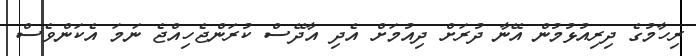
ރިހާމުގެ ދިރިއުޅުމުން އޭނާ ދުރަށް ދިއުމަށް އެދި އާދޭސް ކުރަންޖެހިއްޖެ ނަމަ އެކަންވެސް